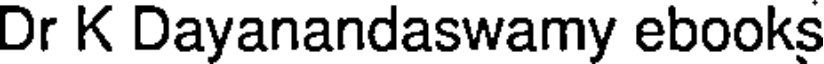
Dr K Dayanandaswamy ebooks